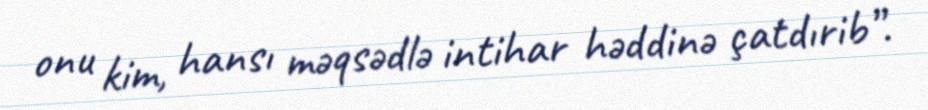
onu kim, hansı məqsədlə intihar həddinə çatdırib”.